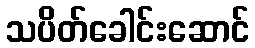
သပိတ်ခေါင်းဆောင်